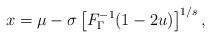
LaTeX: \begin{align*}x=\mu-\sigma\left[F^{-1}_\Gamma(1-2u)\right]^{1/s},\end{align*}